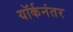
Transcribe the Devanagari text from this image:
यॉर्कनंतर